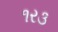
૧ર૩